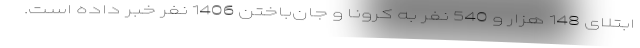
ابتلای 148 هزار و 540 نفر به کرونا و جان‌باختن 1406 نفر خبر داده است.